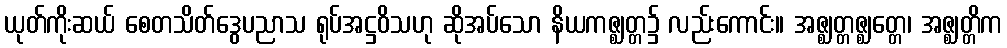
ယုတ်ကိုးဆယ် စေတသိတ်ဒွေပညာသ ရုပ်အဋ္ဌဝိသဟု ဆိုအပ်သော နိယကဇ္ဈတ္တ၌ လည်းကောင်း။ အဇ္ဈတ္တဇ္ဈတ္တေ၊ အဇ္ဈတ္တိက